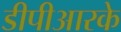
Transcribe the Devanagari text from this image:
डीपीआरके